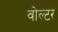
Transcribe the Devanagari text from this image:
वोल्टर